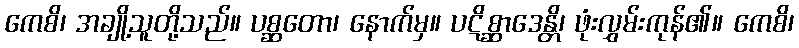
ကေစိ၊ အချို့သူတို့သည်။ ပစ္ဆတော၊ နောက်မှ။ ပဋိစ္ဆာဒေန္တိ၊ ဖုံးလွှမ်းကုန်၏။ ကေစိ၊